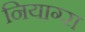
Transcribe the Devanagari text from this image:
नियाग्‍रा